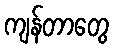
ကျန်တာတွေ